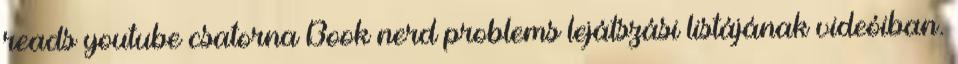
reads youtube csatorna Book nerd problems lejátszási listájának videóiban.